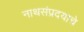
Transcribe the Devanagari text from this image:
नाथसंप्रदयाचे